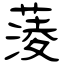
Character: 蔆